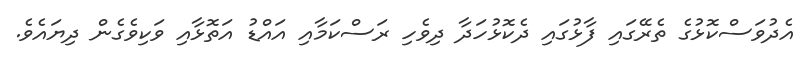
އެދުވަސްކޮޅުގެ ތެރޭގައި ފާޅުގައި ދެކޮޅުހަދާ ދިވެހި ރަސްކަމާއި އައްޑު އަތޮޅާއި ވަކިވެގެން ދިޔައެވެ.